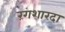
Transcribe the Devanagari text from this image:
रंगशारदा